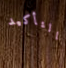
بالتأكيد